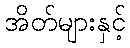
အိတ်များနှင့်